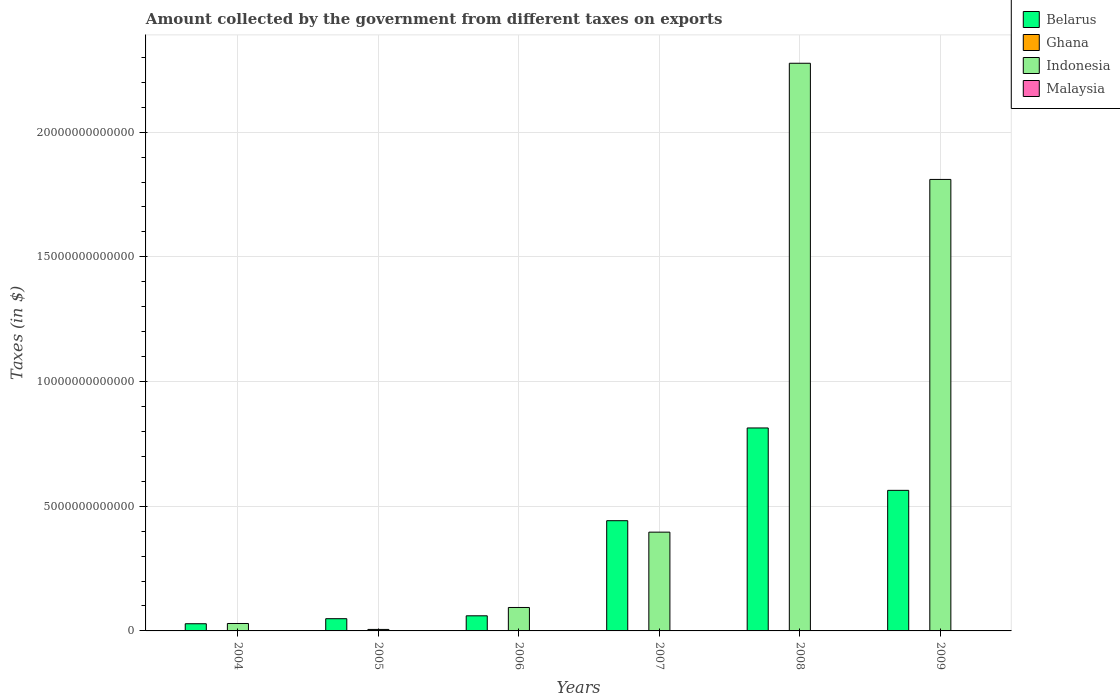
| Years | Belarus | Ghana | Indonesia | Malaysia |
 | --- | --- | --- | --- | --- |
 | 2004 | 2.88e+11 | 9.86e+07 | 2.98e+11 | 1.6e+09 |
 | 2005 | 4.9e+11 | 6.34e+07 | 6e+10 | 2.08e+09 |
 | 2006 | 6.06e+11 | 1.25e+08 | 9.4e+11 | 2.36e+09 |
 | 2007 | 4.42e+12 | 3.35e+07 | 3.96e+12 | 2.32e+09 |
 | 2008 | 8.14e+12 | 4e+07 | 2.28e+13 | 2.78e+09 |
 | 2009 | 5.64e+12 | 1.68e+07 | 1.81e+13 | 1.15e+09 |